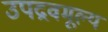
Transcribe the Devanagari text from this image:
उपद्रवमूल्य